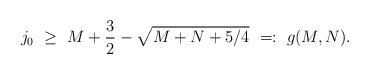
LaTeX: \begin{align*}j_0\ \ge\ M+\frac{3}{2}-\sqrt{M+N+5/4}\ =:\ g(M,N).\end{align*}